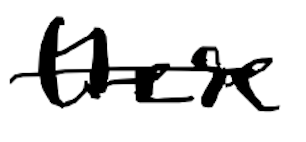
Text: these
Cross-out: single-line
Writing tool: digital_black